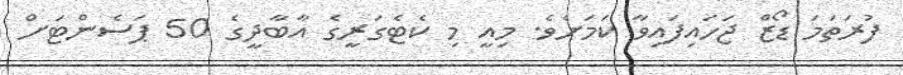
ފުރަތަމަ ޑޯޒް ޖަހައިފައިވާ ކަމަށެވެ. މިއީ މި ކެޓެގަރީގެ އާބާދީގެ 50 ޕަސެންޓަށް